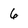
Character: 6